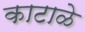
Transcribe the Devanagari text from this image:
काटाळे